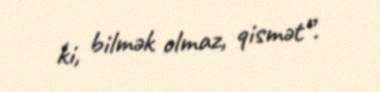
ki, bilmək olmaz, qismət”.